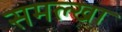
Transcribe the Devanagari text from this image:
समल्खा